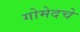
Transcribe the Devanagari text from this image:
गोमेदचे